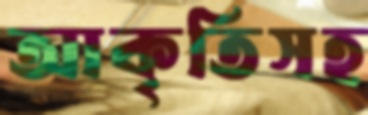
আকৃতিসহ